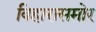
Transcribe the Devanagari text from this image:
विहारासमोर